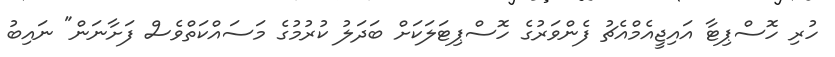
ހުރި ހޮސްޕިޓާ އައިޖީއެމްއެޗު ފެންވަރުގެ ހޮސްޕިޓަލަކަށް ބަދަލު ކުރުމުގެ މަސައްކަތްވެސް ފަށާނަން" ނައިބު